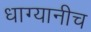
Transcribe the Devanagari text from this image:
धाग्यानीच